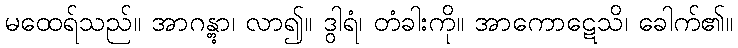
မထေရ်သည်။ အာဂန္တွာ၊ လာ၍။ ဒွါရံ၊ တံခါးကို။ အာကောဋေသိ၊ ခေါက်၏။